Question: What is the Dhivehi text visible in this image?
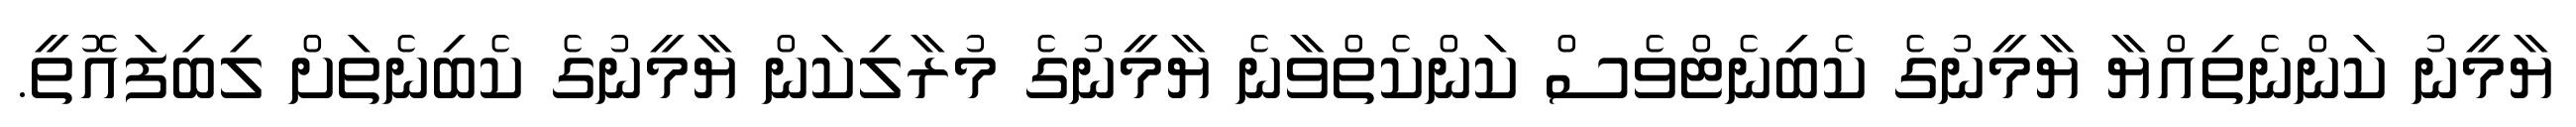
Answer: ޔާމީނު ކަންނެތިއްޔާ ޔާމީނުގެ ކެބިނެޓްވެސް ކަންކެތްވާނެ ޔާމީނުގެ މުރާލިކަން ޔާމީނުގެ ކެބިނެތަށް ލިބިފައޮތީ.